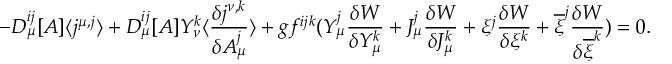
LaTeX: - D _ { \mu } ^ { i j } [ A ] \langle j ^ { \mu , j } \rangle + D _ { \mu } ^ { i j } [ A ] Y _ { \nu } ^ { k } \langle \frac { \delta j ^ { \nu , k } } { \delta A _ { \mu } ^ { j } } \rangle + g f ^ { i j k } ( Y _ { \mu } ^ { j } \frac { \delta W } { \delta Y _ { \mu } ^ { k } } + J _ { \mu } ^ { j } \frac { \delta W } { \delta J _ { \mu } ^ { k } } + \xi ^ { j } \frac { \delta W } { \delta \xi ^ { k } } + \overline { { { \xi } } } ^ { j } \frac { \delta W } { \delta \overline { { { \xi } } } ^ { k } } ) = 0 .